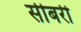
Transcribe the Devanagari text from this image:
सीबरी